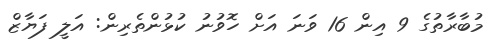
މުބާރާތުގެ 9 އިން 16 ވަނަ އަށް ހޮވުނު ކުޅުންތެރިން: އަލީ ފަޔާޒް